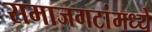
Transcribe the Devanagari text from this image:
समाजगटांमध्ये